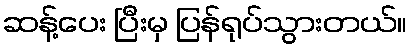
ဆန့်ပေး ပြီးမှ ပြန်ရုပ်သွားတယ်။